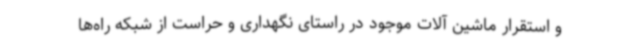
و استقرار ماشین آلات موجود در راستای نگهداری و حراست از شبکه راه‌ها